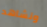
ونشاهد